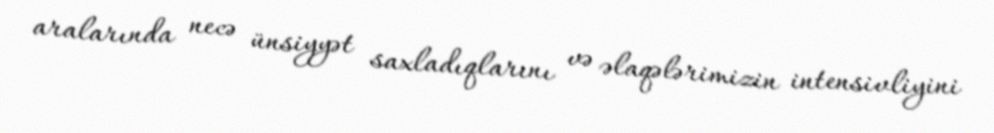
aralarında necə ünsiyyət saxladıqlarını və əlaqələrimizin intensivliyini